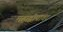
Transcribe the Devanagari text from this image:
महाद्वीपांवर